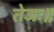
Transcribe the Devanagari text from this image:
तेजः॥